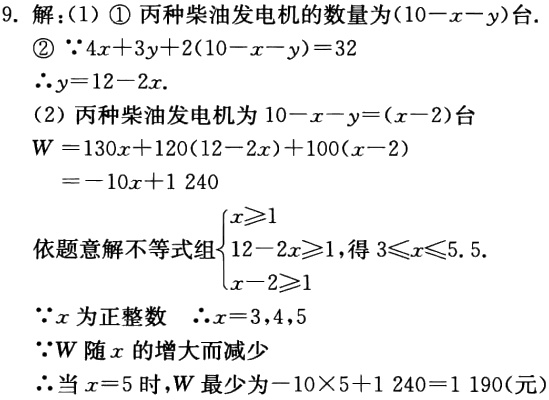
9. 解：(1) \textcircled{1} 丙种柴油发电机的数量为\((10 - x - y)\)台.
\textcircled{2} \(\because 4x + 3y + 2(10 - x - y)=32\)
\(\therefore y = 12 - 2x\).
(2) 丙种柴油发电机为\(10 - x - y=(x - 2)\)台
\(W = 130x + 120(12 - 2x)+100(x - 2)\)
\(=-10x + 1240\)
依题意解不等式组\(\begin{cases}x\geqslant1\\12 - 2x\geqslant1\\x - 2\geqslant1\end{cases}\)，得\(3\leqslant x\leqslant5.5\).
\(\because x\)为正整数 \(\therefore x = 3,4,5\)
\(\because W\)随\(x\)的增大而减少
\(\therefore\)当\(x = 5\)时，\(W\)最少为\(-10\times5 + 1240 = 1190\)(元)